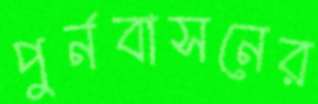
পুর্নবাসনের